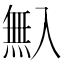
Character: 𠓺